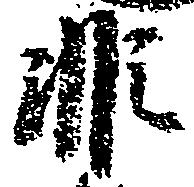
非